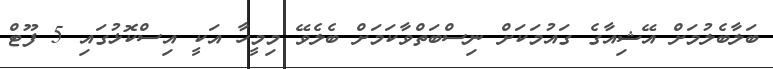
ބަލާބެލުމަށް އޭޝިއާގެ ގައުމަކަށް ނިސްބަތްވާކަމަށް ބެލެވޭ މިމީހާ އަކީ އިސްކޮޅުގައި 5 ފޫޓް